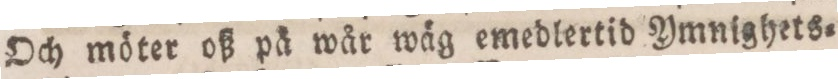
Och möter oß på wår wäg emedlertid Ymnighets=